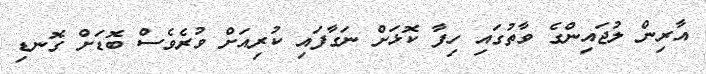
އާރިން ލުޖައިންގެ ވާތުގައި ހިފާ ކޮޅަށް ނަގާފައި ކުރިއަށް ވުރެވެސް ބޮޑަށް ގޮނޑި